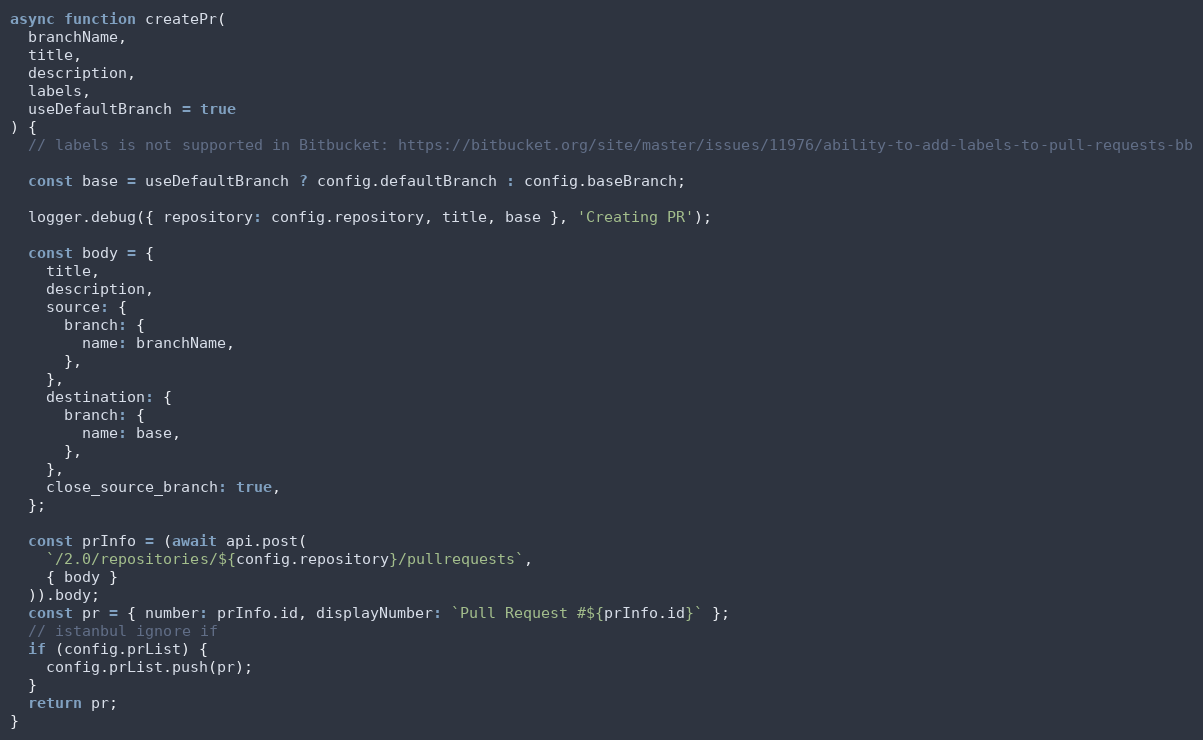
Language: JavaScript
async function createPr(
  branchName,
  title,
  description,
  labels,
  useDefaultBranch = true
) {
  // labels is not supported in Bitbucket: https://bitbucket.org/site/master/issues/11976/ability-to-add-labels-to-pull-requests-bb

  const base = useDefaultBranch ? config.defaultBranch : config.baseBranch;

  logger.debug({ repository: config.repository, title, base }, 'Creating PR');

  const body = {
    title,
    description,
    source: {
      branch: {
        name: branchName,
      },
    },
    destination: {
      branch: {
        name: base,
      },
    },
    close_source_branch: true,
  };

  const prInfo = (await api.post(
    `/2.0/repositories/${config.repository}/pullrequests`,
    { body }
  )).body;
  const pr = { number: prInfo.id, displayNumber: `Pull Request #${prInfo.id}` };
  // istanbul ignore if
  if (config.prList) {
    config.prList.push(pr);
  }
  return pr;
}